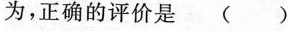
为，正确的评价是( )